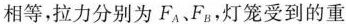
相等，拉力分别为F_{A}、F_{B}，灯笼受到的重